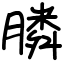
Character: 膦